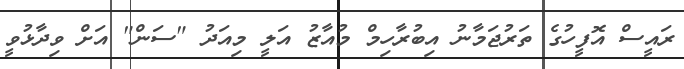
ރައީސް އޮފީހުގެ ތަރުޖަމާނު އިބުރާހިމް މުއާޒު އަލީ މިއަދު "ސަން" އަށް ވިދާޅުވީ